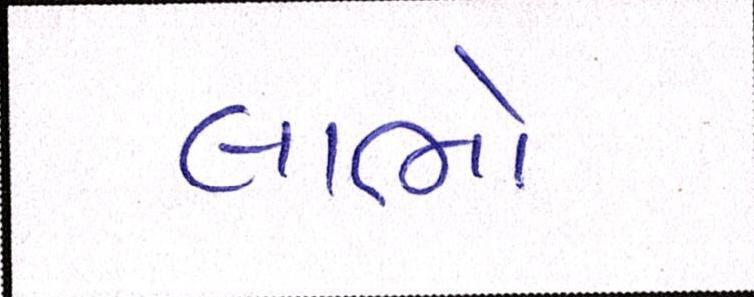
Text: લાભો